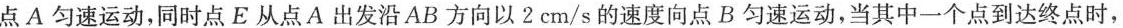
点A匀速运动，同时点E从点A出发沿AB方向以2 cm/s的速度向点B匀速运动，当其中一个点到达终点时，